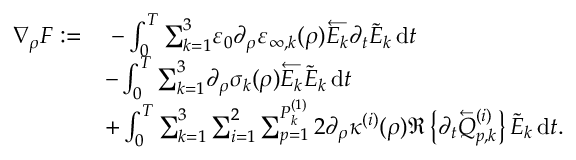
\begin{array} { r l } { \nabla _ { \rho } F : = } & { \; - \int _ { 0 } ^ { T } { \sum _ { k = 1 } ^ { 3 } } \varepsilon _ { 0 } \partial _ { \rho } \varepsilon _ { \infty , k } ( \rho ) \overleftarrow { E _ { k } } \partial _ { t } \Tilde { E } _ { k } \, \mathrm { d } t } \\ & { - \int _ { 0 } ^ { T } { \sum _ { k = 1 } ^ { 3 } } \partial _ { \rho } \sigma _ { k } ( \rho ) \overleftarrow { E _ { k } } \Tilde { E } _ { k } \, \mathrm { d } t } \\ & { + \int _ { 0 } ^ { T } { \sum _ { k = 1 } ^ { 3 } } \sum _ { i = 1 } ^ { 2 } \sum _ { p = 1 } ^ { P _ { k } ^ { ( 1 ) } } 2 \partial _ { \rho } \kappa ^ { ( i ) } ( \rho ) \Re \left\{ \partial _ { t } \overleftarrow { Q } _ { p , k } ^ { ( i ) } \right\} \Tilde { E } _ { k } \, \mathrm { d } t . } \end{array}